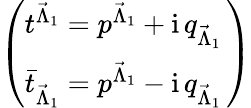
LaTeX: \left(\begin{array}{l}{{t^{{\vec{\Lambda}}_{1}}=p^{{\vec{\Lambda}}_{1}}+\mathrm{i}\, q_{{\vec{\Lambda}}_{1}}\, }}\\ {{{\bar{t}}_{{\vec{\Lambda}}_{1}}=p^{{\vec{\Lambda}}_{1}}-\mathrm{i}\, q_{{\vec{\Lambda}}_{1}}\, }}\end{array}\right)